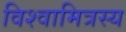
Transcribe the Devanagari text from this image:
विश्वामित्रस्य